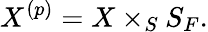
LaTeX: X^{(p)}=X\times_{S}S_{F}.